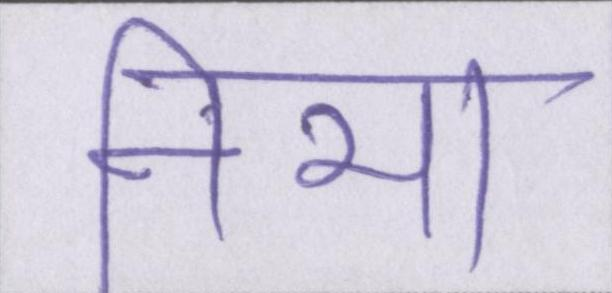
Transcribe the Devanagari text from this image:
निभा